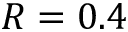
R = 0 . 4